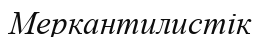
Меркантилистік